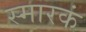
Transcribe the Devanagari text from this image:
स्मारकं